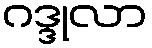
ဂဒ္ဒုလာ